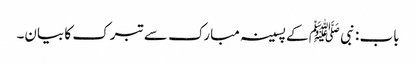
باب : نبی ﷺ کے پسینہ مبارک سے تبرک کا بیان۔